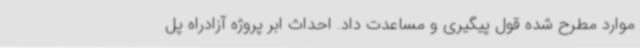
موارد مطرح شده قول پیگیری و مساعدت داد. احداث ابر پروژه آزادراه پل